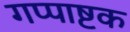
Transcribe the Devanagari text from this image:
गप्पाष्टक